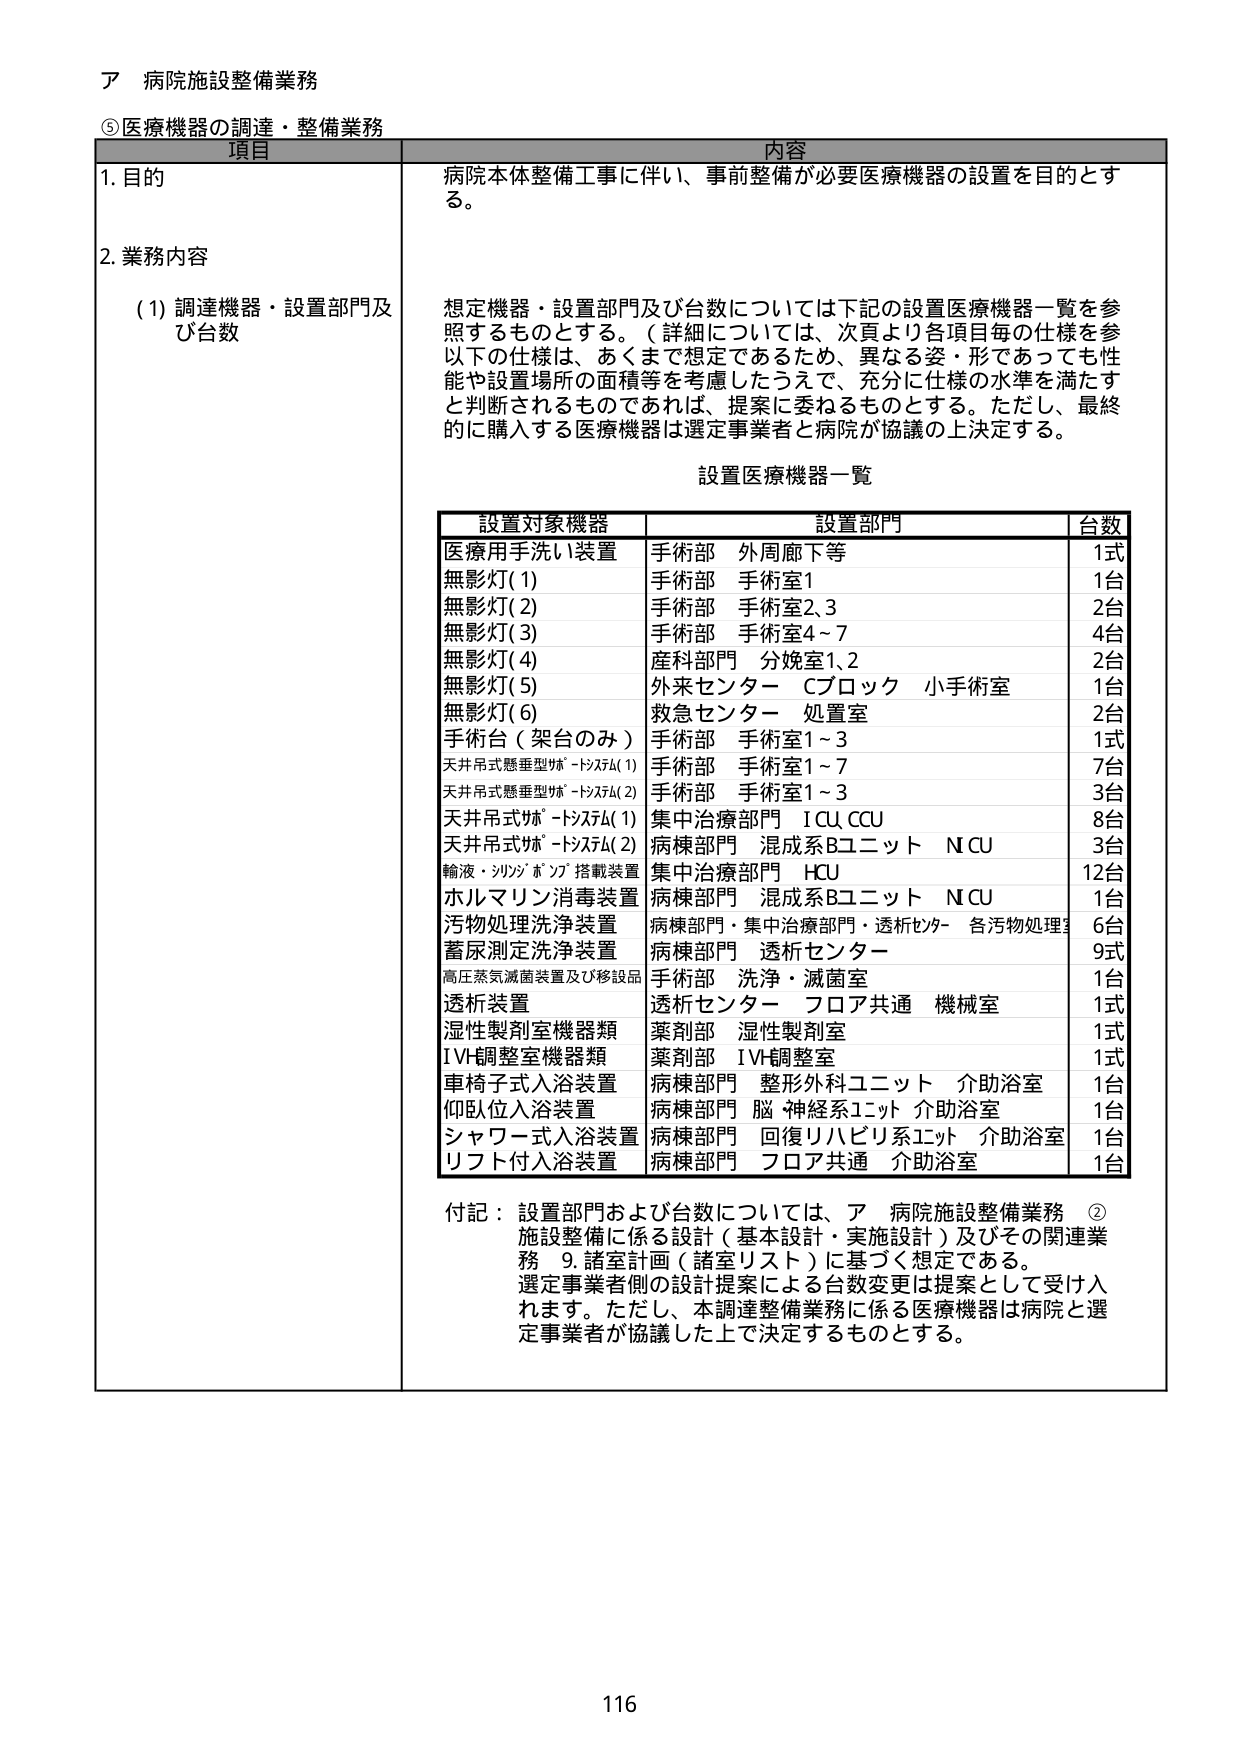
ア 病院施設整備業務

⑤ 医療機器の調達・整備業務

項目 内容

1. 目的
病院本体整備工事に伴い、事前整備が必要医療機器の設置を目的とする。

2. 業務内容
(1) 調達機器・設置部門及び台数
想定機器・設置部門及び台数については下記の設置医療機器一覧を参照するものとする。（詳細については、次頁より各項目毎の仕様を参
以下の仕様は、あくまで想定であるため、異なる姿・形であっても性能や設置場所の面積等を考慮したうえで、充分に仕様の水準を満たすと判断されるものであれば、提案に委ねるものとする。ただし、最終的に購入する医療機器は選定事業者と病院が協議の上決定する。

設置医療機器一覧

設置対象機器 設置部門 台数
医療用手洗い装置 手術部 外周廊下等 1式
無影灯(1) 手術部 手術室1 1台
無影灯(2) 手術部 手術室2、3 2台
無影灯(3) 手術部 手術室4～7 4台
無影灯(4) 産科部門 分娩室1、2 2台
無影灯(5) 外来センター Cブロック 小手術室 1台
無影灯(6) 救急センター 処置室 2台
手術台（架台のみ） 手術部 手術室1～3 1式
天井吊式懸垂型ｻﾎﾟｰﾄｼｽﾃﾑ(1) 手術部 手術室1～7 7台
天井吊式懸垂型ｻﾎﾟｰﾄｼｽﾃﾑ(2) 手術部 手術室1～3 3台
天井吊式ｻﾎﾟｰﾄｼｽﾃﾑ(1) 集中治療部門 ICU CCU 8台
天井吊式ｻﾎﾟｰﾄｼｽﾃﾑ(2) 病棟部門 混成系Bユニット NCU 3台
輸液・ｼﾘﾝｼﾞﾎﾟﾝﾌﾟ搭載装置 集中治療部門 HCU 12台
ホルマリン消毒装置 病棟部門 混成系Bユニット NCU 1台
汚物処理洗浄装置 病棟部門・集中治療部門・透析ｾﾝﾀｰ 各汚物処理室 6台
蓄尿測定洗浄装置 病棟部門 透析センター 9式
高圧蒸気滅菌装置及び移設品 手術部 洗浄・滅菌室 1台
透析装置 透析センター フロア共通 機械室 1式
湿性製剤室機器類 薬剤部 湿性製剤室 1式
IVH調整室機器類 薬剤部 IVH調整室 1式
車椅子式入浴装置 病棟部門 整形外科ユニット 介助浴室 1台
仰臥位入浴装置 病棟部門 脳・神経系ユニット 介助浴室 1台
シャワー式入浴装置 病棟部門 回復リハビリ系ユニット 介助浴室 1台
リフト付入浴装置 病棟部門 フロア共通 介助浴室 1台

付記：設置部門および台数については、ア 病院施設整備業務 ②
施設整備に係る設計（基本設計・実施設計）及びその関連業務 9.諸室計画（諸室リスト）に基づく想定である。
選定事業者側の設計提案による台数変更は提案として受け入れます。ただし、本調達整備業務に係る医療機器は病院と選定事業者が協議した上で決定するものとする。

116